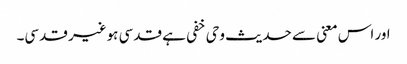
اور اس معنی سے حدیث وحی خفی ہے قدسی ہوغیر قدسی۔